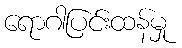
ရောဂါပြင်းထန်မှု